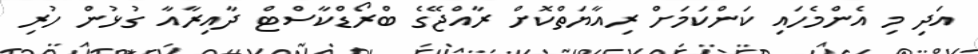
އަދި މި އެންމެހައި ކަންކަމަށް ރިއާޔަތްކޮށް ރާއްޖޭގެ ބްރޯޑްކާސްޓް ދާއިރާއާ ގުޅުން ހުރި